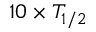
1 0 \times T _ { 1 / 2 }